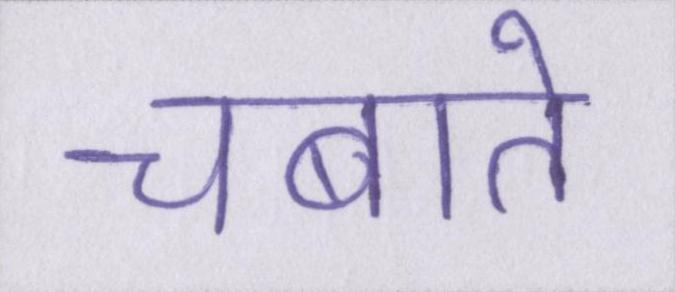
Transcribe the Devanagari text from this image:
चबाते